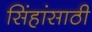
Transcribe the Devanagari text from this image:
सिंहांसाठी